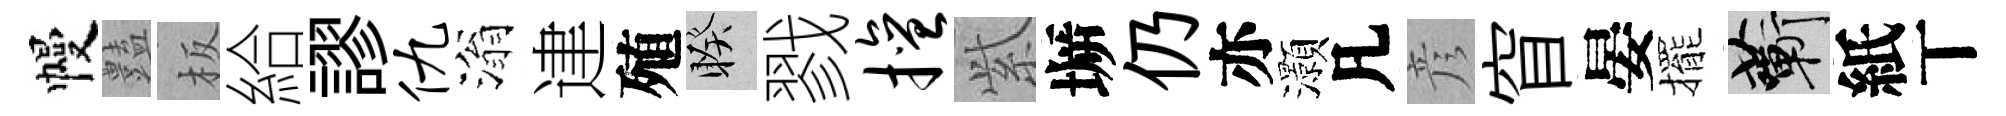
幔𧰟板給謬仇滃䢖殖睽戮擅𬗋󶱲仍亦灝凡彦窅晏擺蔪紙丅